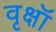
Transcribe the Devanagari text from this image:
वृक्षॉ